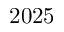
2 0 2 5